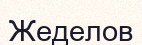
Жеделов